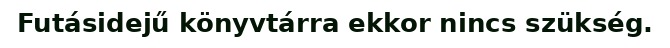
Futásidejű könyvtárra ekkor nincs szükség.